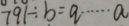
7 9 1 \div b = a \cdots a